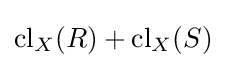
\operatorname {cl} _{X}(R)+\operatorname {cl} _{X}(S)